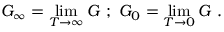
G _ { \infty } = \operatorname* { l i m } _ { T \to \infty } G \ ; \ G _ { 0 } = \operatorname* { l i m } _ { T \to 0 } G \ .